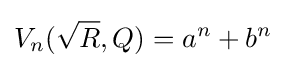
V_{n}({\sqrt {R}},Q)=a^{n}+b^{n}